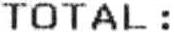
TOTAL :